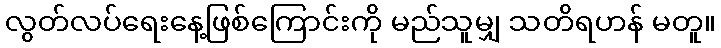
လွတ်လပ်ရေးနေ့ဖြစ်ကြောင်းကို မည်သူမျှ သတိရဟန် မတူ။